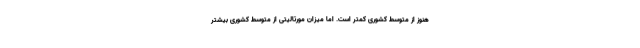
هنوز از متوسط کشوری کمتر است. اما میزان مورتالیتی از متوسط کشوری بیشتر